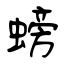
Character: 螃